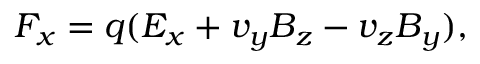
F _ { x } = q ( E _ { x } + v _ { y } B _ { z } - v _ { z } B _ { y } ) ,